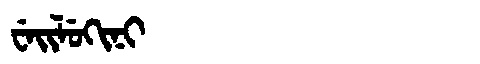
Manchu: ᠸᡝᡳᠯᡠᡴᡳᠨᡳ
Romanization: WEILUKINI